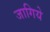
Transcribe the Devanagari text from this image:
जागिये